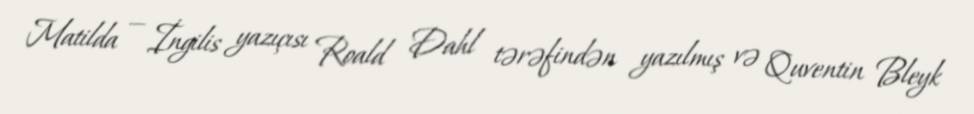
Matilda — İngilis yazıçısı Roald Dahl tərəfindən yazılmış və Quventin Bleyk